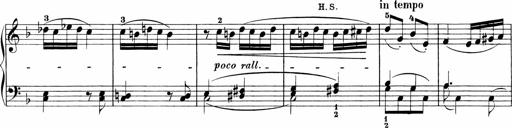
Title: Sonatinen Op.47, 98 und 136, nebst 6 Liedersonatinen
Composer: Carl Reinecke